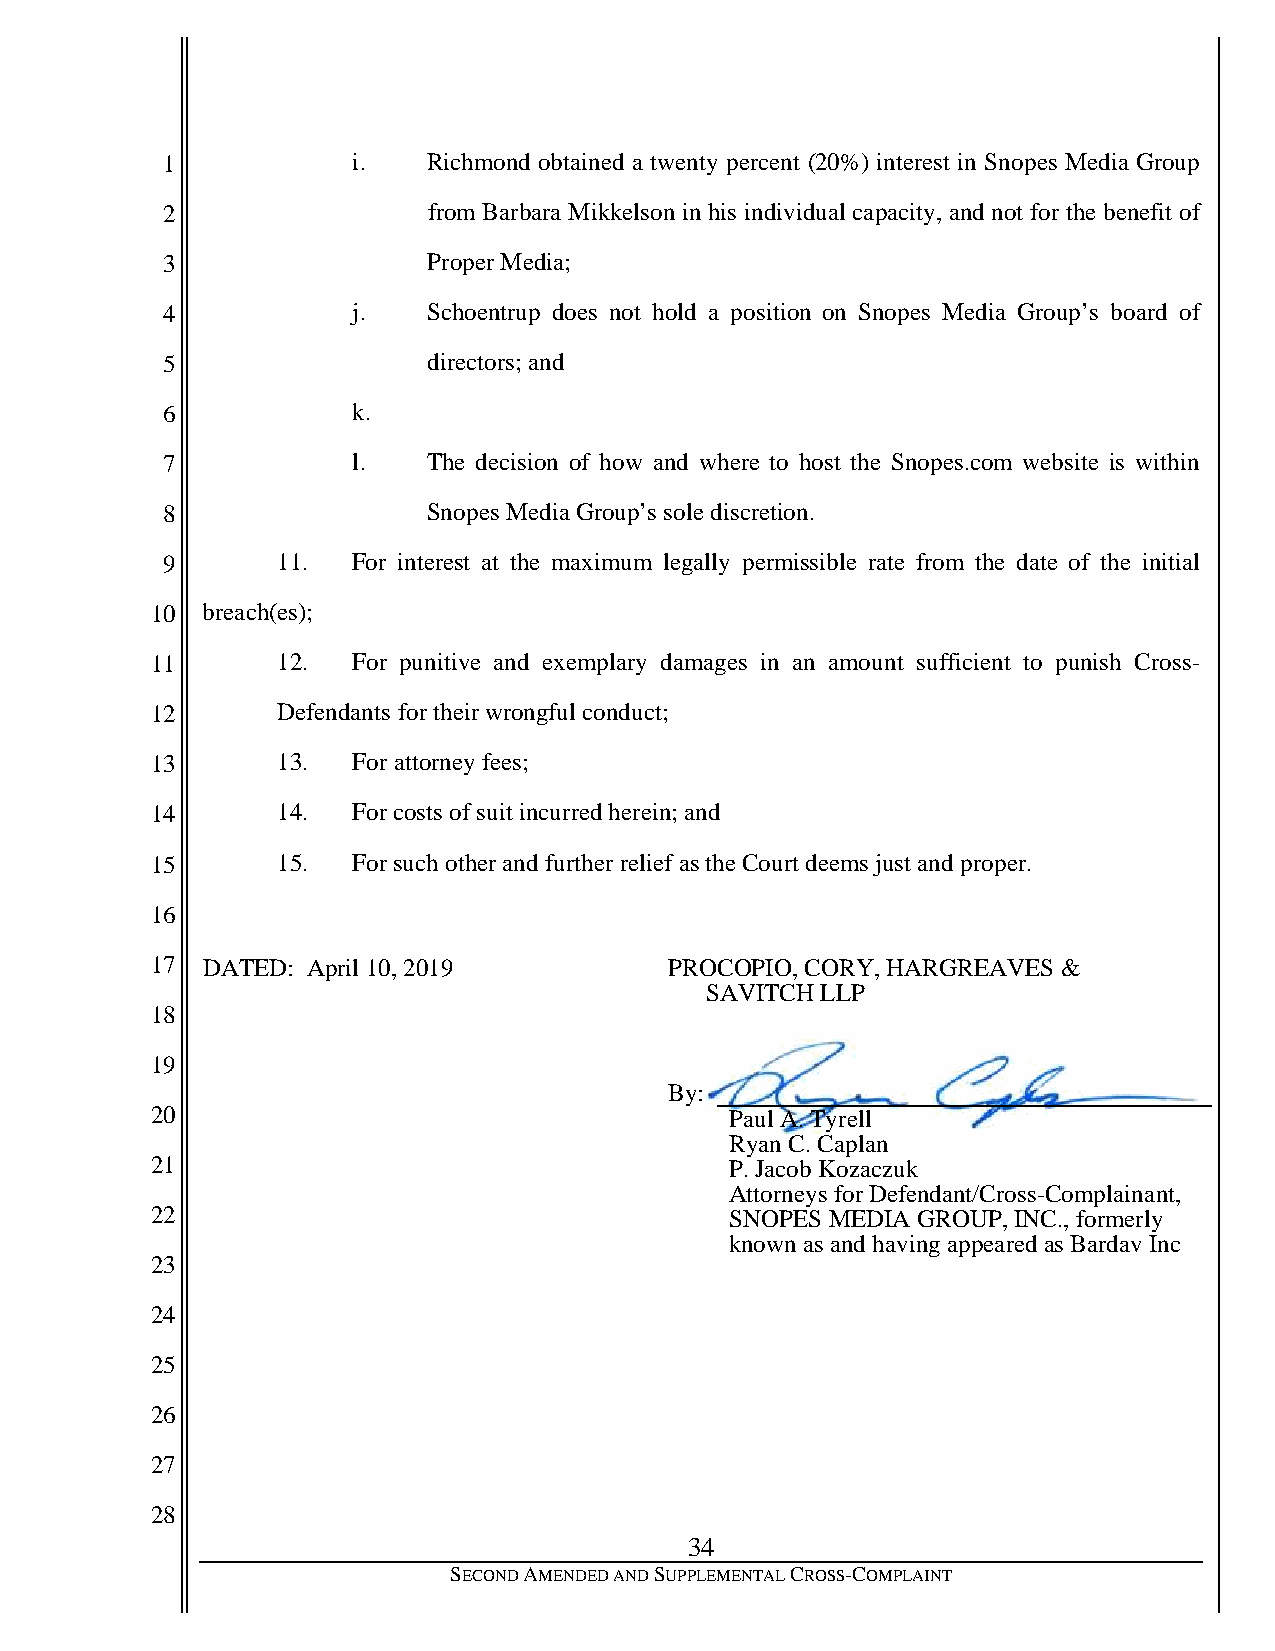
1           i.   Richmond obtained a twenty percent (20%) interest in Snopes Media Group
 2                from Barbara Mikkelson in his individual capacity, and not for the benefit of
 3                Proper Media;
 4           j.   Schoentrup does not hold a position on Snopes Media Group’s board of
 5                directors; and
 6           k.
 7           l.   The decision of how and where to host the Snopes.com website is within
 8                Snopes Media Group’s sole discretion.
 9      11.  For interest at the maximum legally permissible rate from the date of the initial
 10 breach(es);
 11      12.  For punitive and exemplary damages in an amount sufficient to punish Cross-
 12      Defendants for their wrongful conduct;
 13      13.  For attorney fees;
 14      14.  For costs of suit incurred herein; and
 15      15.  For such other and further relief as the Court deems just and proper.
 16
 17 DATED: April 10, 2019          PROCOPIO, CORY, HARGREAVES &
 SAVITCH LLP
 18
 19
 By:
 20                                    Paul A. Tyrell
 Ryan C. Caplan
 21                                    P. Jacob Kozaczuk
 Attorneys for Defendant/Cross-Complainant,
 22                                    SNOPES MEDIA GROUP, INC., formerly
 known as and having appearedas Bardav Inc
 23
 24
 25
 26
 27
 28
 34
 SECOND AMENDED AND SUPPLEMENTAL CROSS-COMPLAINT